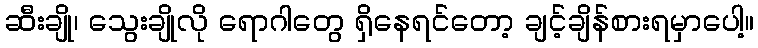
ဆီးချို၊ သွေးချိုလို ရောဂါတွေ ရှိနေရင်တော့ ချင့်ချိန်စားရမှာပေါ့။